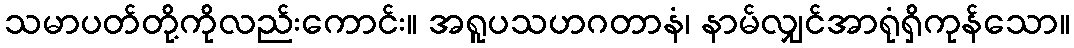
သမာပတ်တို့ကိုလည်းကောင်း။ အရူပသဟဂတာနံ၊ နာမ်လျှင်အာရုံရှိကုန်သော။